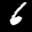
Label: 6